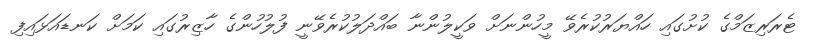
ޓެރަރިޒަމްގެ ކުށުގައި ހައްޔަރުކުރެވޭ މީހުންނަށް ވަކީލުންނާ ބައްދަލުކުރެވޭނީ ފުލުހުންގެ ހާޒިރުގައި ކަމަށް ކަނޑައަޅައިފި